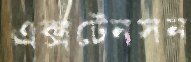
এক্সটেনসন